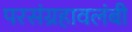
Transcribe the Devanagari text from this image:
परसंग्रहावलंबी